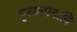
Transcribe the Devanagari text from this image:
दृश्यमानापि